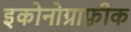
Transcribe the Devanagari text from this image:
इकोनोग्राफ़ीक